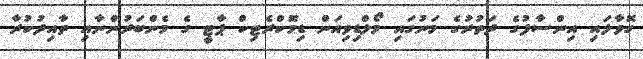
ގޮވާލައި އިންސާފުގެ ދަތުރުގެ މަނުގައި މޯލްޑިވިއަން ޑިމޮކްރެޓިކް ޕާޓީ ގެ މެންބަރުންނާއި ތާއިދުކުރާ